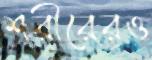
শরীরেরও